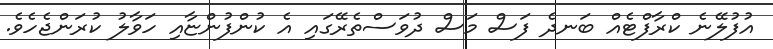
އުފުލޭނެ ކްރާފްޓެއް ބަނދެ ފަސް މަސް ދުވަސްތެރޭގައި އެ ކުންފުންޏާއި ހަވާލު ކުރަންޖެހެވެ.